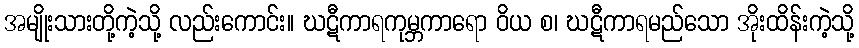
အမျိုးသားတို့ကဲ့သို့ လည်းကောင်း။ ဃဋီကာရကုမ္ဘကာရော ဝိယ စ၊ ဃဋီကာရမည်သော အိုးထိန်းကဲ့သို့